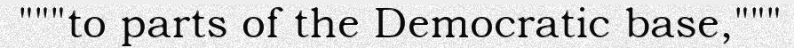
"""to parts of the Democratic base,"""